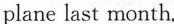
plane last month.